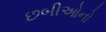
છબીઓનો